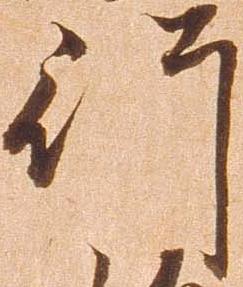
行